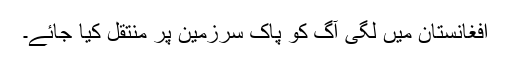
افغانستان میں لگی آگ کو پاک سرزمین پر منتقل کیا جائے۔